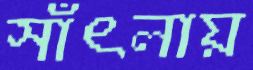
সাঁৎলায়